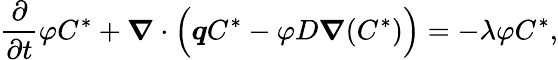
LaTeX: \frac{\partial}{\partial t}\varphi C^{\ast}+{\boldsymbol{\nabla}}\cdot\Big({\boldsymbol{q}}C^{\ast}-\varphi D{\boldsymbol{\nabla}}(C^{\ast})\Big)=-\lambda\varphi C^{\ast},